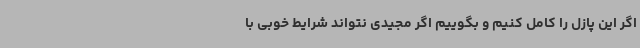
اگر این پازل را کامل کنیم و بگوییم اگر مجیدی نتواند شرایط خوبی با